Scottish Leaving Certificate Examination, 1955
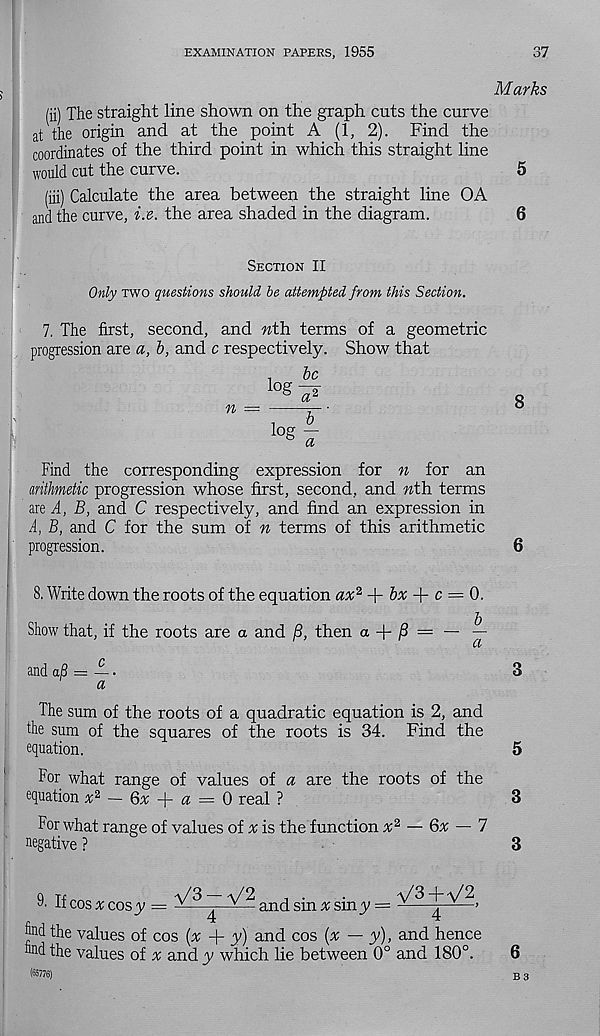
EXAMINATION PAPERS, 1955
37
M arks
(ii) The straight line shown on the graph cuts the curve
at the origin and at the point A (1, 2). Find the
coordinates of the third point in which this straight line
would cut the curve.
5
(iii) Calculate the area between the straight line OA
and the curve, i.e. the area shaded in the diagram.
6
Section II
Only two questions should he attempted from this Section.
7. The first, second, and nth. terms of a geometric
progression are a, b, and c respectively. Show that
n —
.
be
log A
a
8
Find the corresponding expression for n for an
I arithmetic progression whose first, second, and nth terms
are A, B, and C respectively, and find an expression in
A, B, and C for the sum of n terms of this arithmetic
progression.
6
8. Write down the roots of the equation ax 2 + &# + c = 0.
Show that, if the roots are a and /3, then a + /? = —
and aB —
3
a
The sum of the roots of a quadratic equation is 2, and
the sum of the squares of the roots is 34. Find the
equation.
5
For what range of values of a are the roots of the
equation x 2 — 6x-j-a = 0 real ?
3
For what range of values of x is the function x 2 — Qx — 7
negative ?
3
T If cos x cosy =
^
and sin x siny =
find the values of cos [x + y) and cos (x — y), and hence
find the values of % and y which lie between 0° and 180°.
6
(65776)
B 3